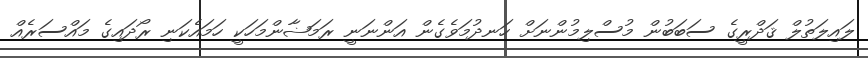
ލައިލަތުލް ޤަދްރީގެ ސަބަބުން މުސްލިމުންނަށް ހަނދުމަވެގެން އަންނަނީ ރަމަޟާންމަހަކީ ހަމައެކަނި ރޯދައިގެ މައްސަރެއް